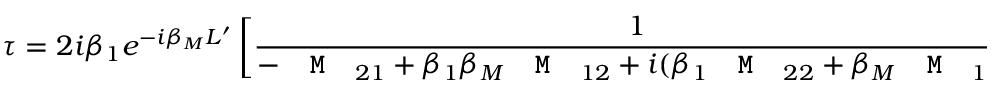
\tau = 2 i \beta _ { 1 } e ^ { - i \beta _ { M } L ^ { \prime } } \left[ \frac { 1 } { - \texttt { \textbf { M } } _ { 2 1 } + \beta _ { 1 } \beta _ { M } \texttt { \textbf { M } } _ { 1 2 } + i ( \beta _ { 1 } \texttt { \textbf { M } } _ { 2 2 } + \beta _ { M } \texttt { \textbf { M } } _ { 1 1 } ) } \right]